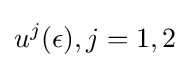
u^{j}(\epsilon ),j=1,2